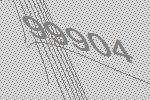
99904